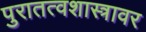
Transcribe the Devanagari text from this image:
पुरातत्वशास्त्रावर